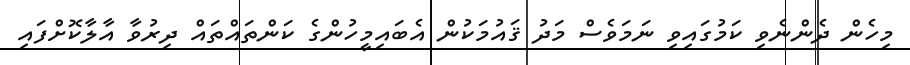
މިހެން ދެންނެވި ކަމުގައިވި ނަމަވެސް މަދު ޤައުމަކުން އެބައިމީހުންގެ ކަންތައްތައް ދިރުވާ އާލާކޮށްފައި